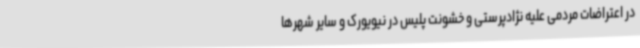
در اعتراضات مردمی علیه نژادپرستی و خشونت پلیس در نیویورک و سایر شهرها